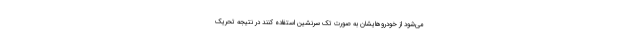
می‌شود از خودروهایشان به صورت تک سرنشین استفاده کنند در نتیجه تحریک